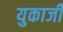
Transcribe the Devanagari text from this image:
युकाजी